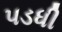
પડધી